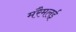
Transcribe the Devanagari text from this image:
मरैमलई